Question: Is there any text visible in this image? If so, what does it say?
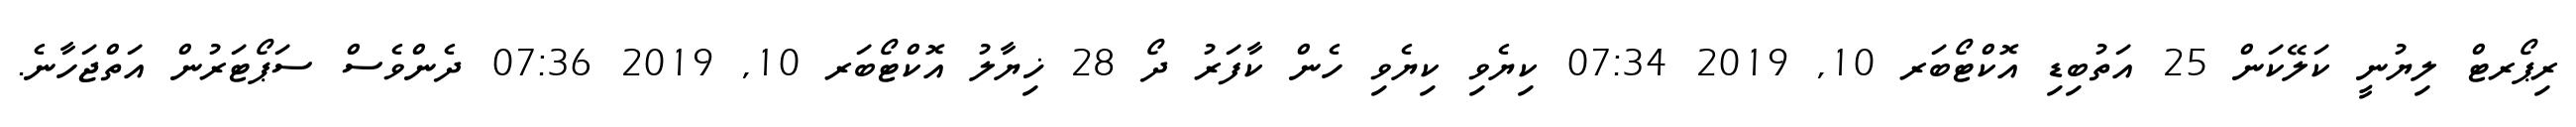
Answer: ރިޕޯރޓް ލިޔުނީ ކަލޭކަން 25 އަތުބިޑި އޮކްޓޯބަރ 10, 2019 07:34 ކިޔެވި ކިޔެވި ހެން ކާފަރު ދޯ 28 ޚިޔާލު އޮކްޓޯބަރ 10, 2019 07:36 ދެންވެސް ސަޕޯޓަރުން އަތްޖަހާނެ.